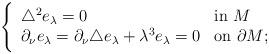
LaTeX: \begin{align*} \Bigg \{\begin{array}{ll}\triangle^2 e_\lambda=0 & $in $ M \\\partial_\nu e_\lambda=\partial_\nu \triangle e_\lambda+\lambda^3e_\lambda=0 & $on $ \partial M; \end{array}\end{align*}